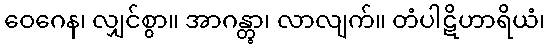
ဝေဂေန၊ လျှင်စွာ။ အာဂန္တွာ၊ လာလျက်။ တံပါဋိဟာရိယံ၊